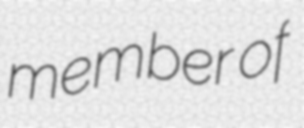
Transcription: member of